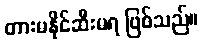
တားမနိုင်ဆီးမရ ဖြစ်သည်။